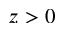
z > 0